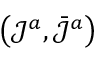
\left( \mathcal { J } ^ { a } , \bar { \mathcal { J } } ^ { a } \right) \,